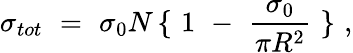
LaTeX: \sigma_{tot}\, \, =\, \, \sigma_{0}N\, \{ \, \, 1\, \, -\, \, \frac{\sigma_{0}}{\pi R^{2}}\, \, \} \, \, ,